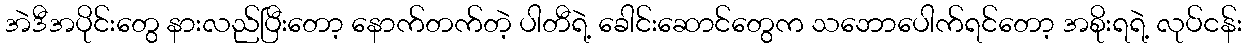
အဲဒီအပိုင်းတွေ နားလည်ပြီးတော့ နောက်တက်တဲ့ ပါတီရဲ့ ခေါင်းဆောင်တွေက သဘောပေါက်ရင်တော့ အစိုးရရဲ့ လုပ်ငန်း